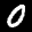
Label: 0